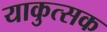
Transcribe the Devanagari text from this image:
याकुत्सक